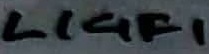
Text: LIGG1